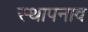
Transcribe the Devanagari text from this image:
स्थापनाव